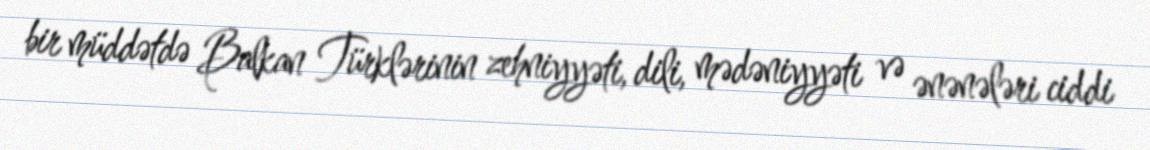
bir müddətdə Balkan Türklərinin zehniyyəti, dili, mədəniyyəti və ənənələri ciddi